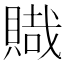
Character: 賳